Lunatic asylums Bombay report 1878-1890 - 1878-1890
Year: 1878
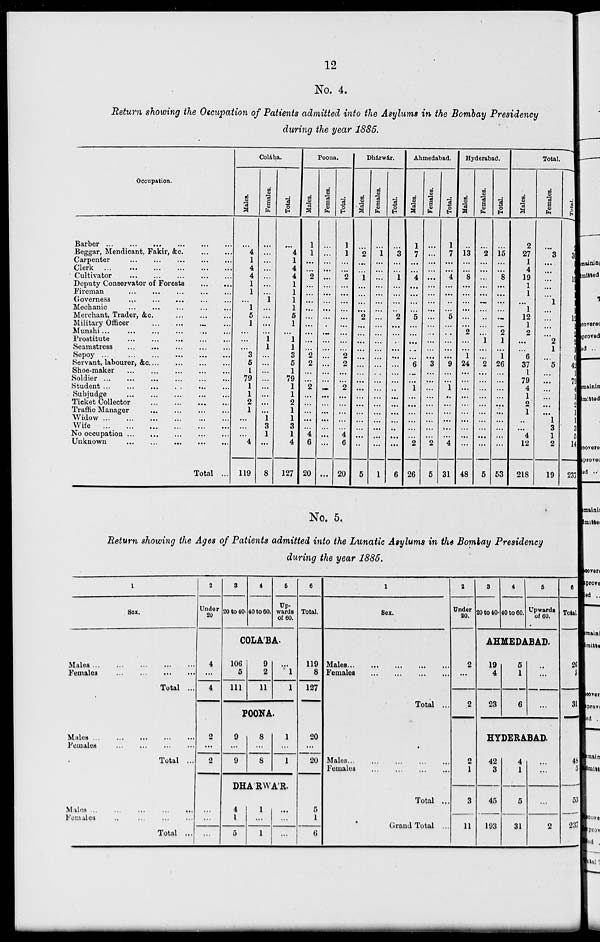
12
No. 4.
Return showing the Occupation of Patients admitted into the Asylums in the Bombay Presidency
during the year 1885.
Occupation.
Barber ... ... ... ... ... ...
Beggar, Mendicant, Fakir, &c.... ...
Carpenter ... ... ... ... ...
Clerk ... ... ... ... ... ...
Cultivator ... ... ... ... ...
Deputy Conservator of Forests
...
...
Fireman ... ... ... ... ...
Governess ... ... ... ... ... ...
Mechanic ... ... ... ... ... ...
Merchant, Trader, &c.
...
...
...
Military Officer
...
...
...
...
Munshi ... ... ... ... ... ...
Prostitute
...
...
...
...
...
Seamstress
...
...
...
...
...
Sepoy ... ... ... ... ... ...
Servant, labourer, &c
...
...
...
...
Shoe-maker ... ... ... ... ...
Soldier
...
...
...
...
...
...
Student ... ... ... ... ... ...
Subjudge
...
...
...
...
...
Ticket Collector
...
...
...
...
...
Traffic Manager ... ... ... ...
Widow ... ... ... ... ... ...
Wife ... ... ... ... ... ...
No occupation ... ... ... ... ... ...
Unknown
...
...
...
...
...
Total ...
Colába.
Males.
...
4
1
4
4
1
1
...
1
5
1
...
...
...
3
5
1
79
1
1
2
1
...
...
...
4
119
Females.
...
...
...
...
...
...
...
1
...
...
...
...
1
1
...
...
...
...
...
...
...
...
1
3
1
...
8
Total.
...
4
1
4
4
1
1
1
1
5
1
...
1
1
3
5
1
79
1
1
2
1
1
3
1
4
127
Poona.
Males.
1
1
...
...
2
...
...
...
...
...
...
...
...
...
2
2
...
...
2
...
...
...
...
...
4
6
20
Females.
...
...
...
...
...
...
...
...
...
...
...
...
...
...
...
...
...
...
...
...
...
...
...
...
...
...
...
Total.
1
1
...
...
2
...
...
...
...
...
...
...
...
...
2
2
...
...
2
...
...
...
...
...
4
6
20
Dhárwár.
Males.
...
2
...
...
1
...
...
...
...
2
...
...
...
...
...
...
...
...
...
...
...
...
...
...
...
...
5
Females.
...
1
...
...
...
...
...
...
...
...
...
...
...
...
...
...
...
...
...
...
...
...
...
...
...
...
1
Total.
...
3
...
...
1
...
...
...
...
2
...
...
...
...
...
...
...
...
...
...
...
...
...
...
...
...
6
Ahmedabad.
Males.
1
7
...
...
4
...
...
...
...
5
...
...
...
...
...
6
...
...
1
...
...
...
...
...
2
26
Females.
...
...
...
...
...
...
...
...
...
...
...
...
...
...
...
3
...
...
...
...
...
...
...
...
...
2
5
Total.
1
7
...
...
4
...
...
...
...
5
...
...
...
...
...
9
...
...
1
...
...
...
...
...
...
4
31
Hyderabad.
Males.
...
13
...
...
8
...
...
...
...
...
...
2
...
...
1
24
...
...
...
...
...
...
...
...
...
...
48
Females.
...
2
...
...
...
...
...
...
...
...
...
...
1
...
...
2
...
...
...
...
...
...
...
...
...
...
5
Total.
...
15
...
...
8
...
...
...
...
...
...
2
1
...
1
26
...
...
...
...
...
...
...
...
...
...
53
Total.
Males.
2
27
1
4
19
1
1
...
1
12
1
2
...
...
6
37
1
79
4
1
2
1
...
...
4
12
218
Females.
...
3
...
...
...
...
...
1
...
...
...
...
2
1
...
5
...
...
...
...
...
...
1
3
1
2
19
Total.
2
30
1
4
19
1
1
1
1
12
1
2
2
1
6
42
1
79
4
1
2
1
1
3
5
14
237
No. 5.
Return showing the Ages of Patients admitted into the Lunatic Asylums in the Bombay Presidency
during the year 1885.
1
Sex.
Males ... ... ... ... ...
Females
...
...
...
...
...
Total ...
Males
...
...
...
...
...
Females
...
...
...
...
...
Total ...
Males
...
...
...
...
...
Females ... ... ... ... ...
Total ...
2
Under
20
3
20 to 40.
4
40 to 60.
5
Up.
wards
of 60.
6
Total.
COLÁBA.
4
...
4
106
5
111
9
2
11
...
1
1
119
8
127
POONA.
2
...
2
...
...
...
9
...
9
8
...
8
1
...
1
DHÁRWÁR.
4
1
5
1
...
1
...
...
...
20
...
20
5
1
6
1
Sex.
Males ... ... ... ... ...
Females ... ... ... ...
Total ...
Males ... ... ... ... ...
Females ... ... ... ... ...
Total ...
Grand Total ...
2
Under
20.
3
20 to 40.
4
40 to 60.
5
Upwards
of 60.
6
Total.
AHMEDABAD.
2
...
2
19
4
23
5
1
6
...
...
...
26
5
31
HYDERABAD.
2
1
3
11
42
3
45
193
4
1
5
31
...
...
...
2
48
5
53
237